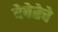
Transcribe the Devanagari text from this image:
देवेतेचे